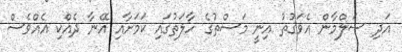
އަދި ސަލްމާން އެވަގުތު އިނީ މަސްތުގެ ހާލަތުގައި ކަމަށާއި އޭނާ ދެއްކި އެއްވެސް